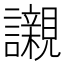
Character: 𧭼